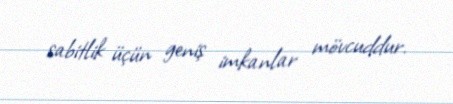
sabitlik üçün geniş imkanlar mövcuddur.